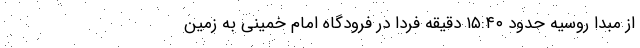
از مبدا روسیه حدود ١٥:٤٠ دقیقه فردا در فرودگاه امام خمینی به زمین